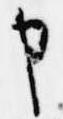
申